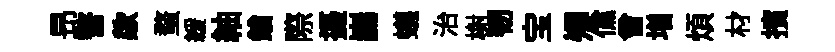
昻瞥歘蝥緩紬鎗際摄巋蟻治榭韧宝𡖖儻曾増煩材擯